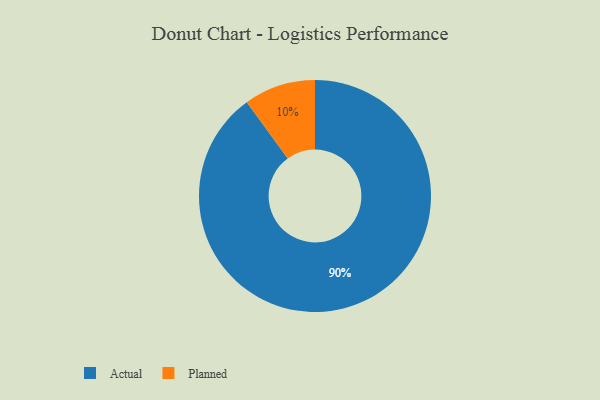
{"axis": {"x": "Category", "y": "Percentage"}, "legend": ["Actual", "Planned"], "data": [{"x": "Planned", "y": 10, "type": "Planned"}, {"x": "Actual", "y": 90, "type": "Actual"}]}